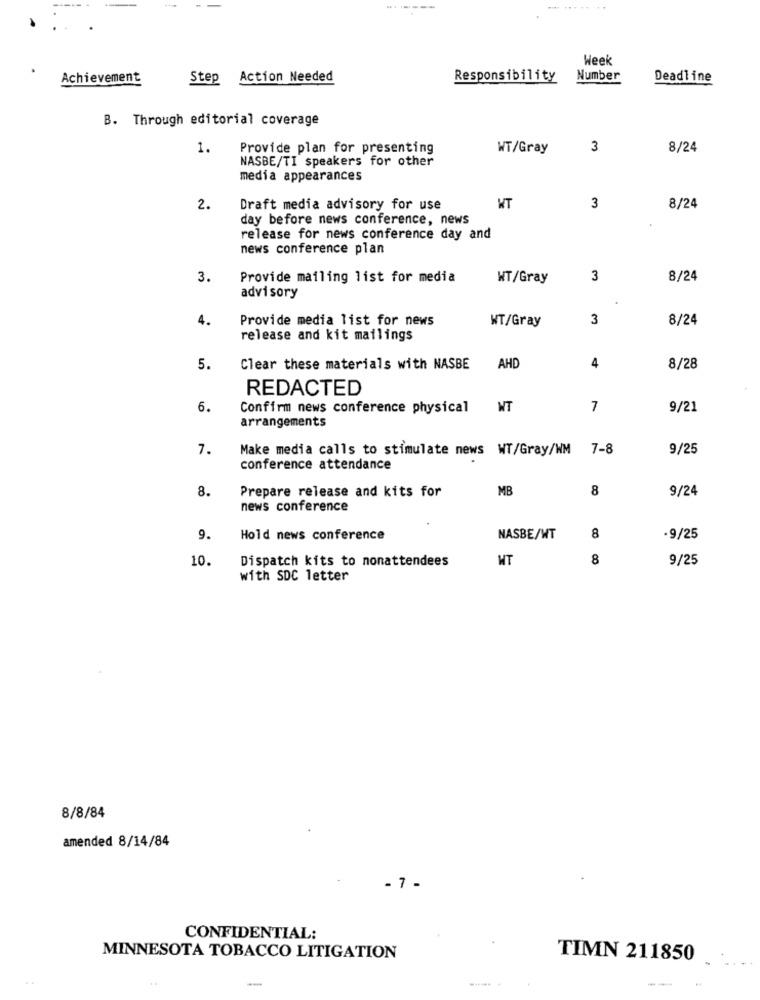
-
Week
Achievement
Step Action Needed
Responsibility
Number
Deadline
B. Through editorial coverage
1.
Provide plan for presenting
WT/Gray
3
8/24
NASBE/TI speakers for other
media appearances
2.
Draft media advisory for use
MT
3
8/24
day before news conference, news
release for news conference day and
news conference plan
3.
Provide mailing list for media
WT/Gray
3
8/24
advisory
4.
Provide media list for news
WT/Gray
3
8/24
release and kit mailings
5.
Clear these materials with NASBE
AHD
4
8/28
REDACTED
6.
Confirm news conference physical
NT
7
9/21
arrangements
7.
Make media calls to stimulate news WT/Gray/WM 7-8
9/25
conference attendance
8.
Prepare release and kits for
MB
8
9/24
news conference
9.
Hold news conference
NASBE/WT
8
.9/25
10.
Dispatch kits to nonattendees
WT
8
9/25
with SDC letter
8/8/84
amended 8/14/84
- 7 -
CONFIDENTIAL:
MINNESOTA TOBACCO LITIGATION
TIMN 211850
--